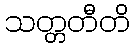
သတ္တတီတိ